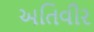
અતિવીર